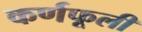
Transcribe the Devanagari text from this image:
कर्णफूली